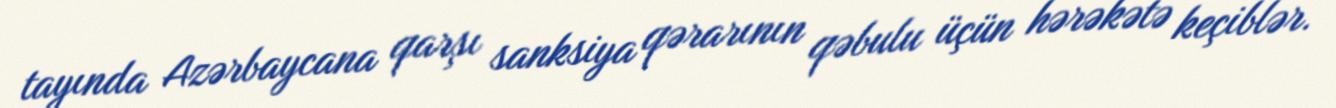
tayında Azərbaycana qarşı sanksiya qərarının qəbulu üçün hərəkətə keçiblər.